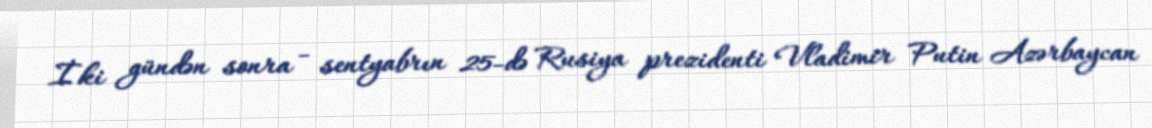
İki gündən sonra - sentyabrın 25-də Rusiya prezidenti Vladimir Putin Azərbaycan